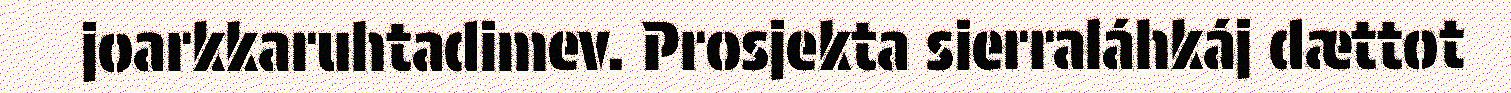
joarkkaruhtadimev. Prosjekta sierraláhkáj dættot